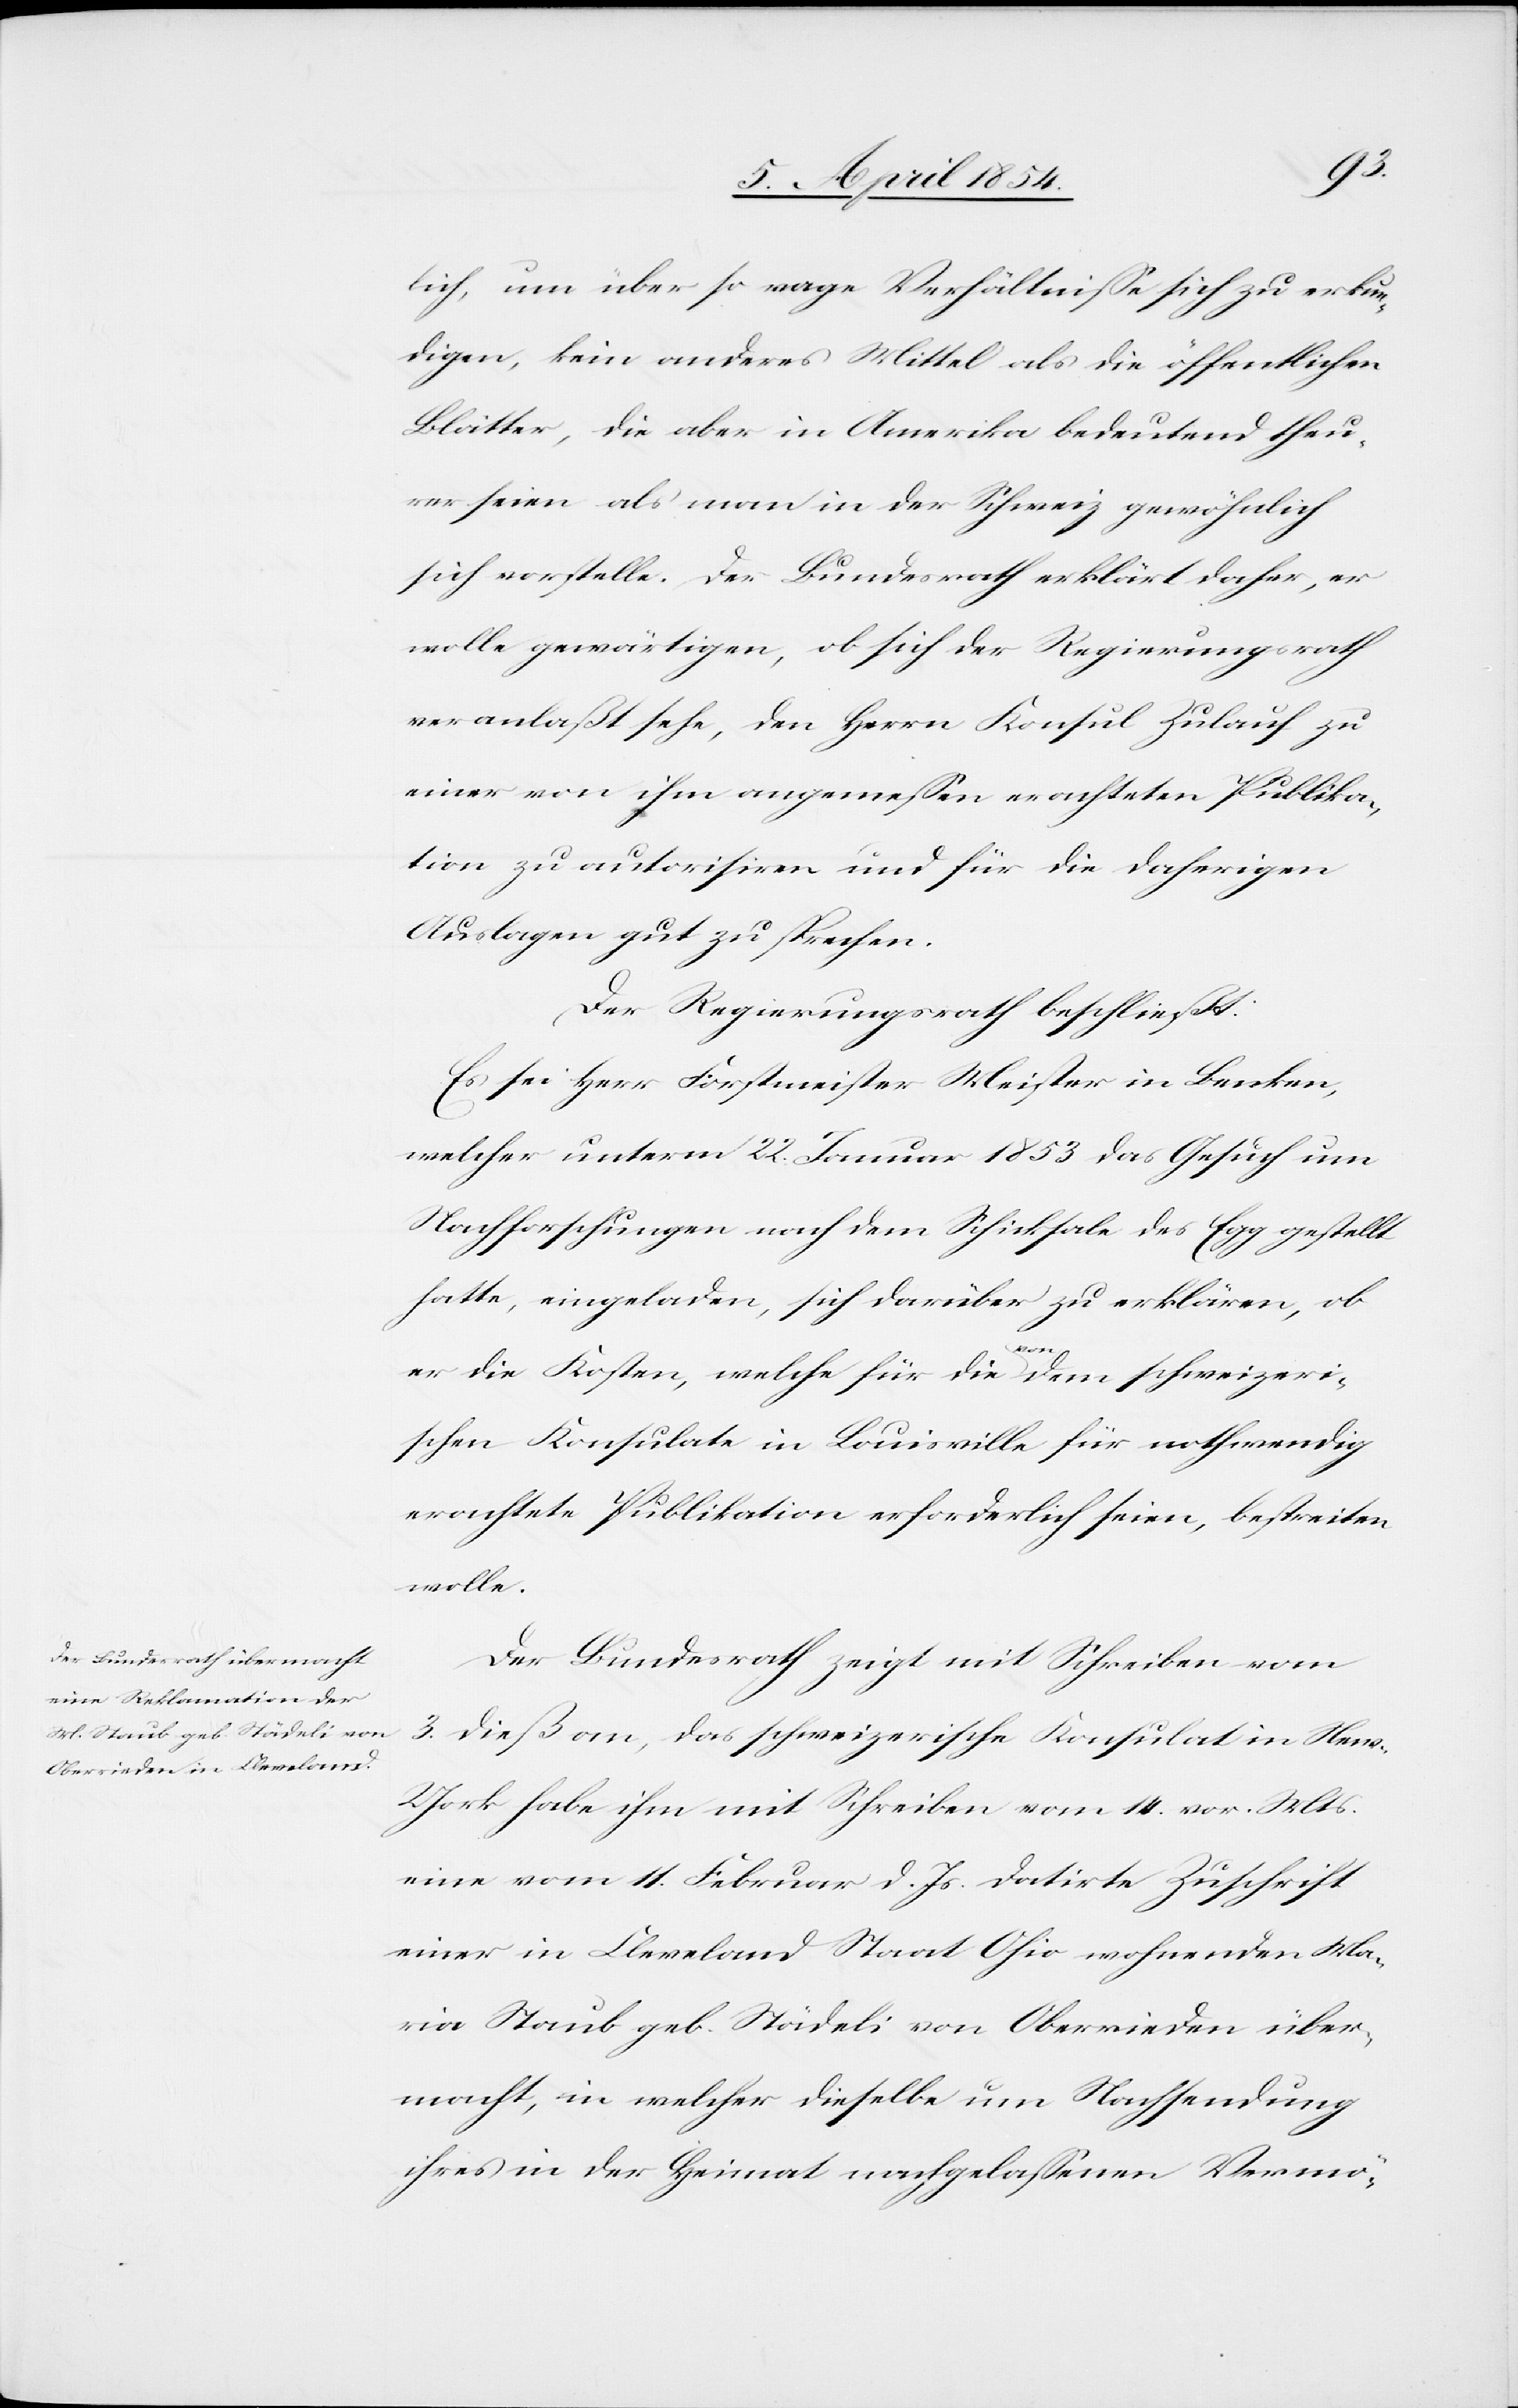
lich, um über so vage Verhältniße sich zu erkun¬
digen, kein anders Mittel als die öffentlichen
Blätter, die aber in Amerika bedeutend theu¬
rer seien als man in der Schweiz gewöhnlich
sich vorstelle. Der Bundesrath erklärt daher, er
wolle gewärtigen, ob sich der Regierungsrath
veranlaßt sehe, den Herrn Konsul Zulauf zu
einer von ihm angemeßen erachteten Publika¬
tion zu autorisiren und für die daherigen
Auslagen gut zu sprechen.
Der Regierungsrath beschließt:
Es sei Herr Forstmeister Meister in Benken,
welcher unterm 22. Januar 1853 das Gesuch um
Nachforschungen nach dem Schicksale des Egg gestellt
hatte, eingeladen, sich darüber zu erklären, ob
er die Kosten, welche für die a-von-a dem schweizeri¬
schen Konsulate in Louisville für nothwendig
erachtete Publikation erforderlich seien, bestreiten
wolle.
Der Bundesrath zeigt mit Schreiben vom
3. dieß an, das schweizerische Konsulat in Ne¬
w-York habe ihm mit Schreiben vom 14. Februar d. Js.
einer in Cleveland Staat Ohio wohnenden Ma¬
ria Staub geb. Städeli von Oberrieden über¬
macht, in welcher dieselbe um Nachsendung
ihres in der Heimat nachgelaßenen Vermö-